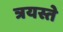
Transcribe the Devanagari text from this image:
त्रयस्ते